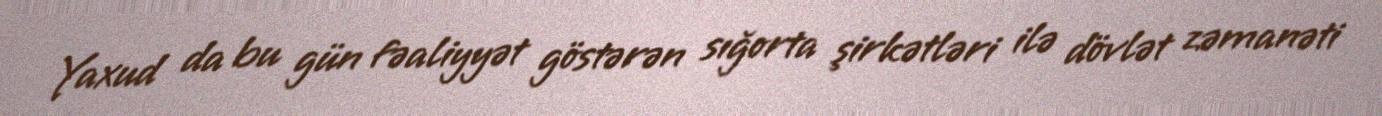
Yaxud da bu gün fəaliyyət göstərən sığorta şirkətləri ilə dövlət zəmanəti